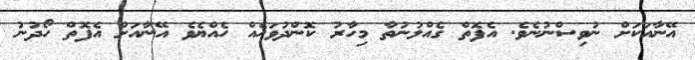
އޭނާއަކަށް ނުވިސްނުނެވެ. އެފޮތް ގެއްލުނުތާ މިހާރު ކޮންދުވަހެއް ހެއްޔެވެ އޭނާއަށް އެފޮތް ހޯދުނު